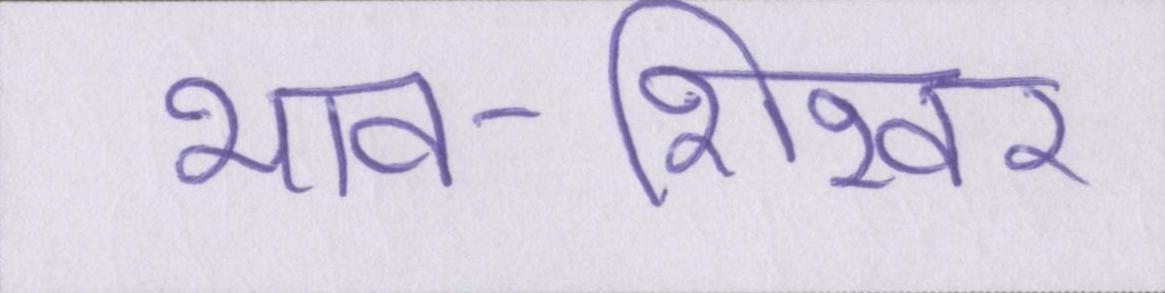
भाव-शिखर